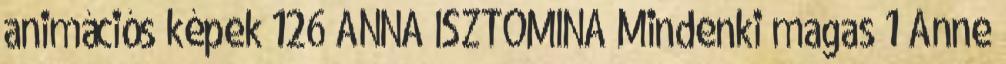
animációs képek 126 ANNA ISZTOMINA Mindenki magas 1 Anne